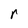
Character: r